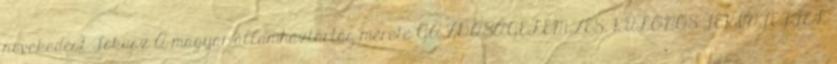
növekedést Fókusz A magyar államháztartás mérete GAZDASÁGELEMZÉS, KÜLÖNÖS TEKINTETTEL